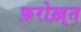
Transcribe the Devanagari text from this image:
फ़रोख़्त